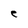
Character: e